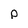
Character: p